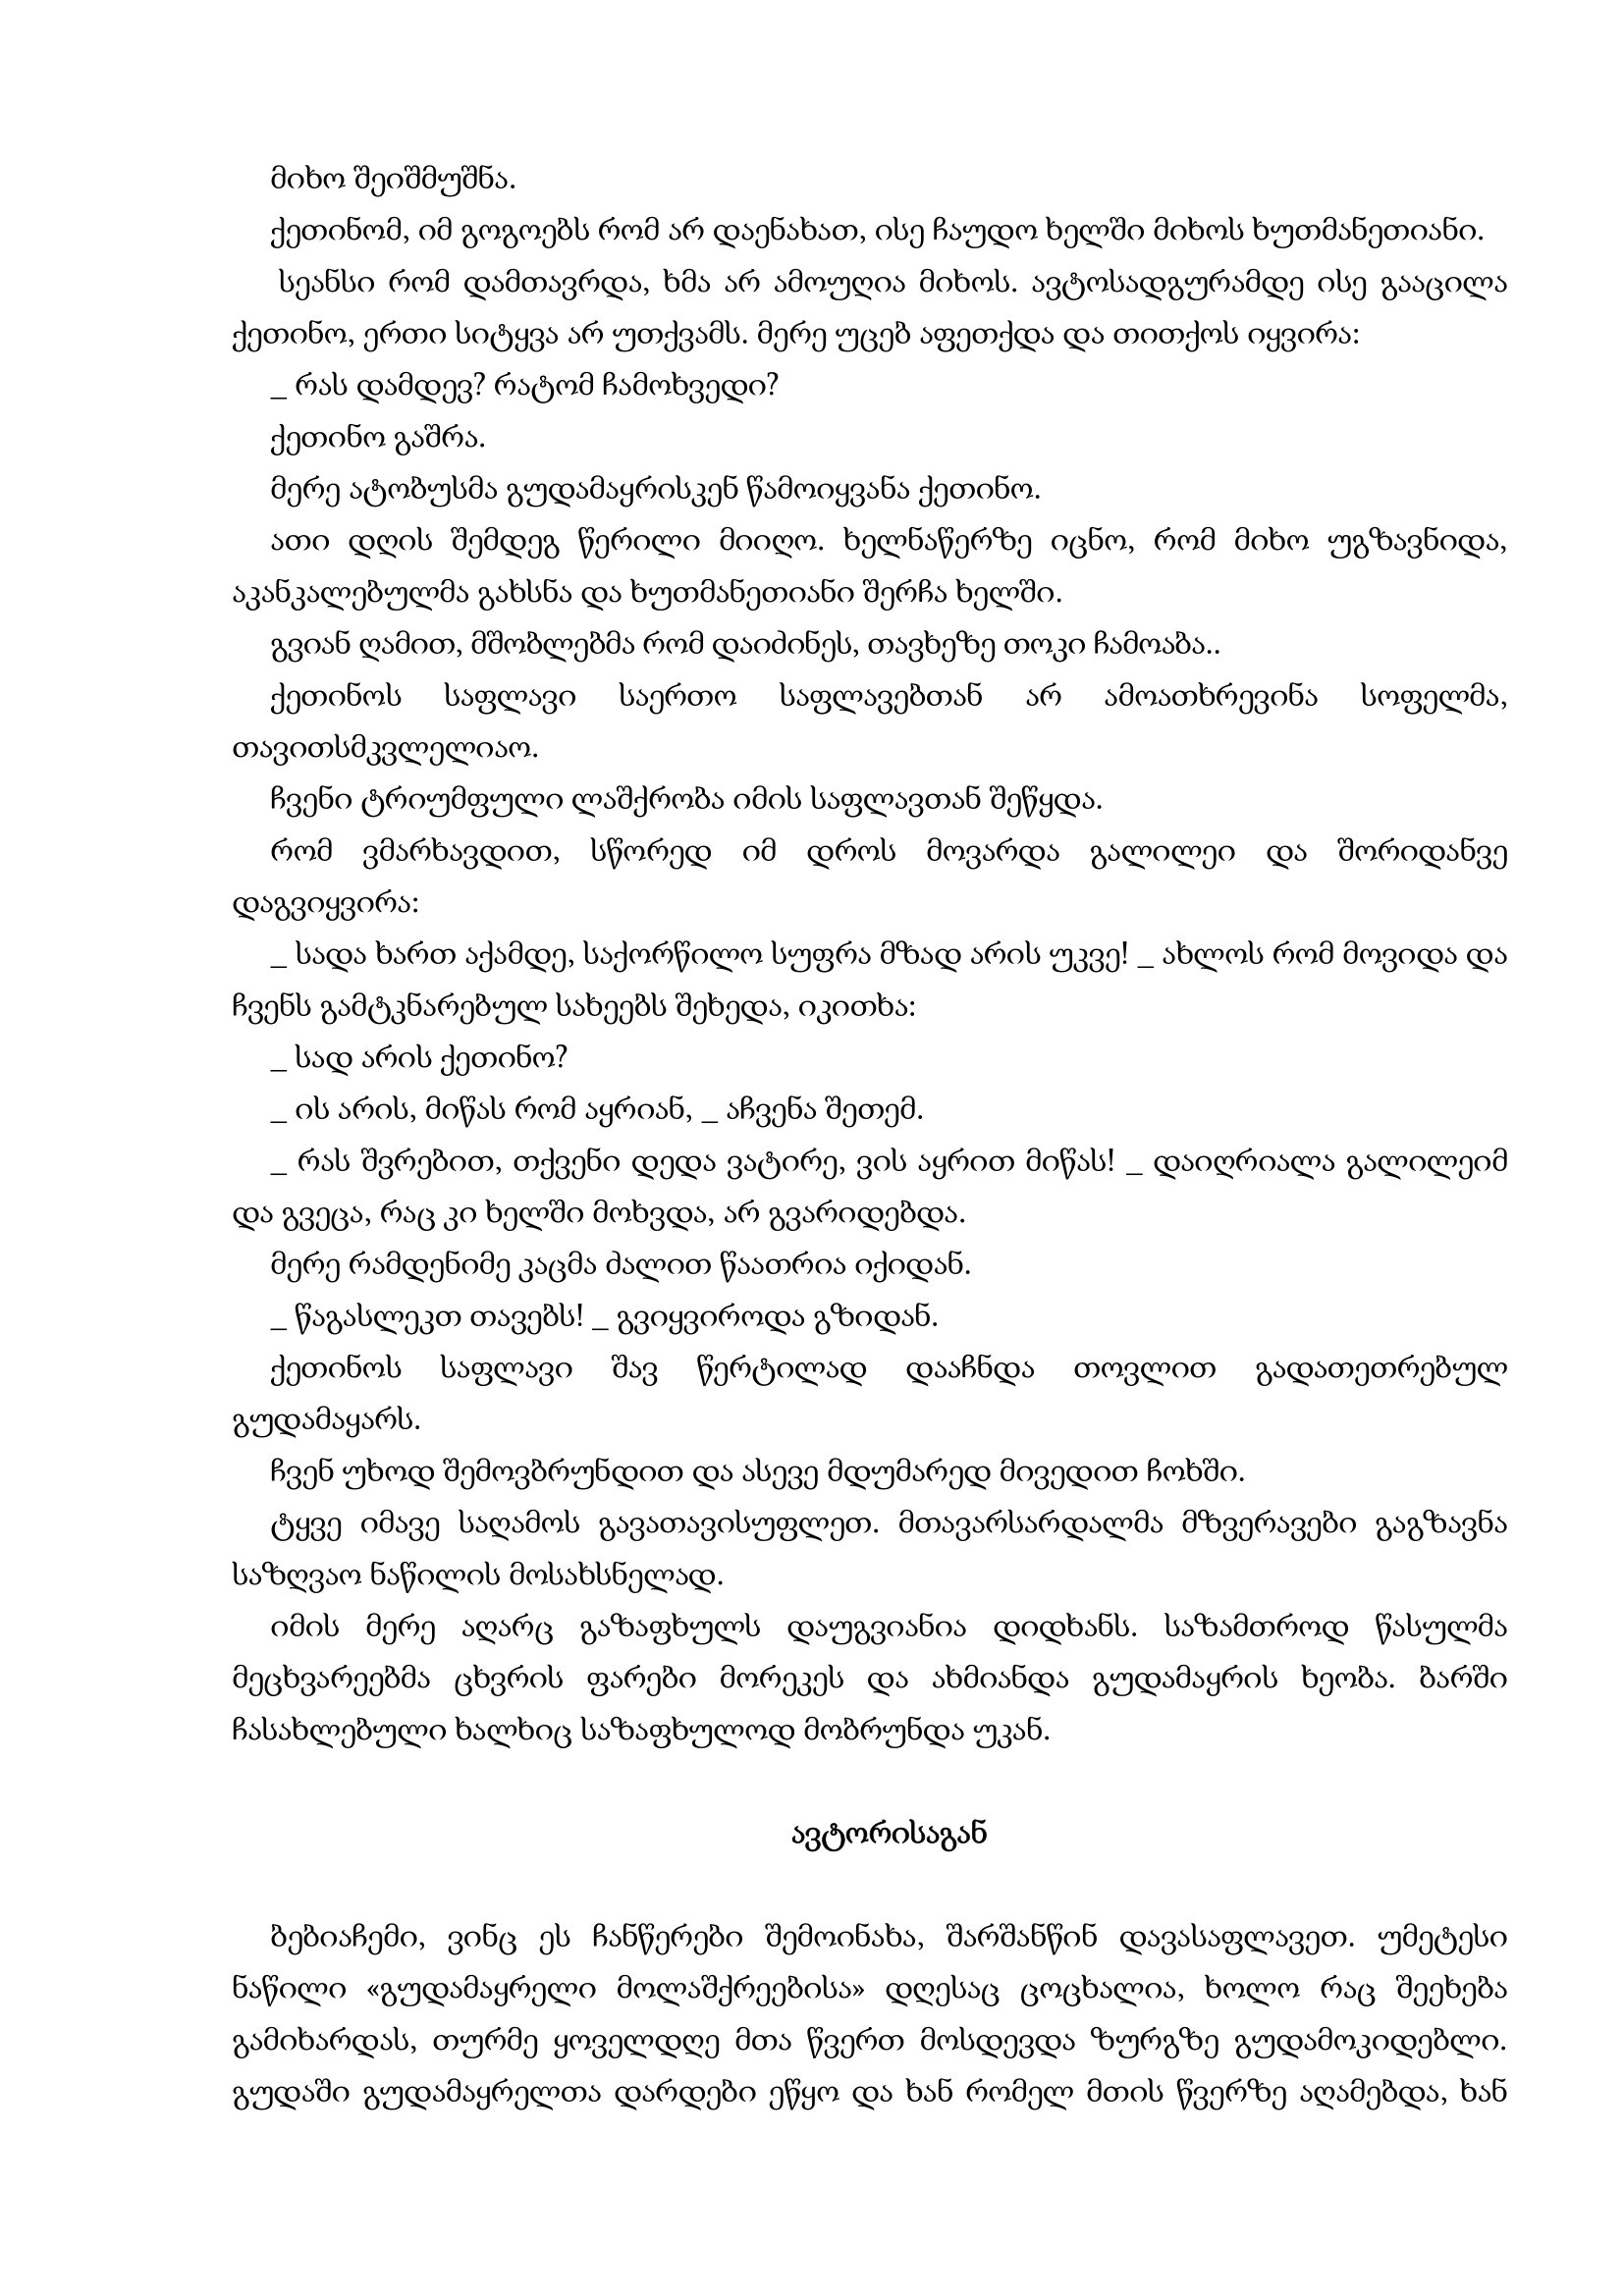
Language: gr